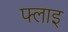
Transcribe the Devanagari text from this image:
फ्लाइ